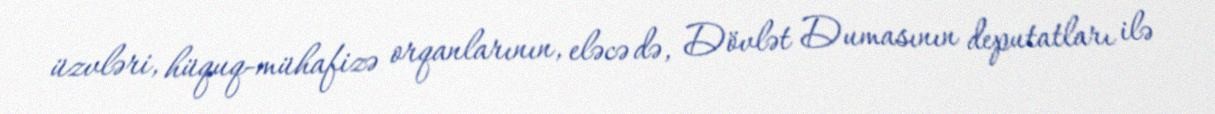
üzvləri, hüquq-mühafizə orqanlarının, eləcə də, Dövlət Dumasının deputatları ilə